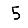
Digit: 5